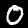
Digit: 0